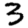
Digit: 3